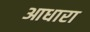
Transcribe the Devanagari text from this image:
आधारा